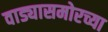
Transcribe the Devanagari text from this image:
वाड्यासमोरच्या